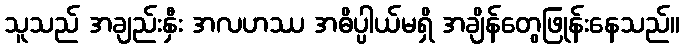
သူသည် အချည်းနှီး အလဟဿ အဓိပ္ပါယ်မရှိ အချိန်တွေဖြုန်းနေသည်။